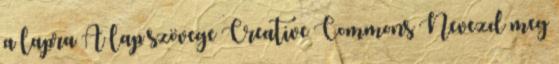
a lapra A lap szövege Creative Commons Nevezd meg